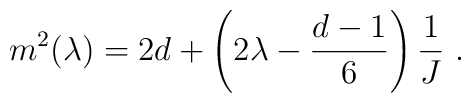
m^2(\lambda) = 2 d + \left( 2\lambda - {d-1\over 6}\right){1\over J}~.